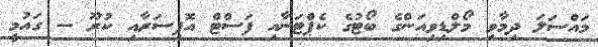
މައްސަލަ ދިމާވި މޯލްޑިވިއަންގެ ބޯޓުގެ ކެޕްޓަނާއި ފަސްޓް އޮފިސަރާއި ކުރޫ -- ގައުމީ